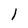
Character: 1